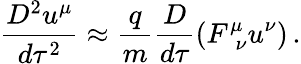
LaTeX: \frac{D^{2}u^{\mu}}{d\tau^{2}}\approx\frac{q}{m}\frac{D}{d\tau}\left(F_{\ \ \nu}^{\mu}u^{\nu}\right)\, .